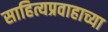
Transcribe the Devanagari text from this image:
साहित्यप्रवाहाच्या